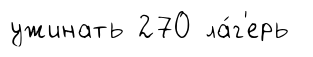
ужинать 270 ла́г'ерь